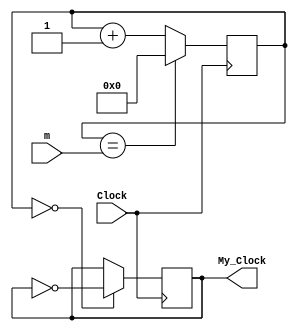
`timescale 1ns / 1ps
//////////////////////////////////////////////////////////////////////////////////
// Company: 
// Engineer: 
// 
// Design Name: 
// Module Name: Twenty_kHz
// Project Name: 
// Target Devices: 
// Tool Versions: 
// Description: 
// 
// Dependencies: 
// 
// Revision:
// Revision 0.01 - File Created
// Additional Comments:
// 
//////////////////////////////////////////////////////////////////////////////////


module Flex_Clk(
    input Clock,
    input [31:0]m,
    output reg My_Clock = 0
    );
     
        reg [31:0] COUNT = 31'd0;
                
        always @(posedge Clock)
            begin
            //Cutoff Value "m" = (10^8/40000) - 1 = 2499
            COUNT <= (COUNT == m) ? 0 : COUNT + 1;
            My_Clock <= (COUNT == 0) ? ~My_Clock : My_Clock;
            end
                
endmodule